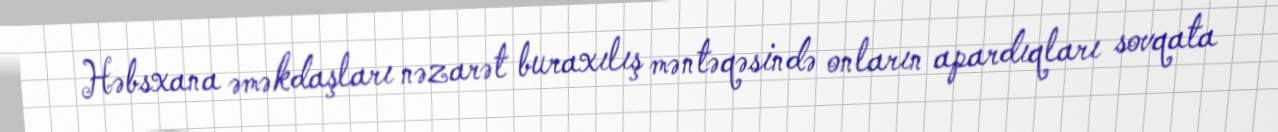
Həbsxana əməkdaşları nəzarət buraxılış məntəqəsində onların apardıqları sovqata